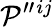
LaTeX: {\cal{P}}^{\prime\prime}{}^{ij}